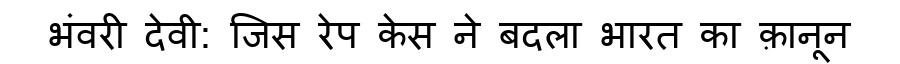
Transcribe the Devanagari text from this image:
भंवरी देवी: जिस रेप केस ने बदला भारत का क़ानून